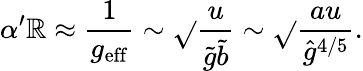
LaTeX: \alpha^{\prime}\mathbb{R}\approx\frac{{1}}{{g_{\mathrm{{eff}}}}}\sim\sqrt{}{{\frac{{u}}{{\tilde{{g}}\tilde{{b}}}}}}\sim\sqrt{}{{\frac{{au}}{{{\hat{{g}}}^{4/5}}}}}.